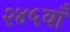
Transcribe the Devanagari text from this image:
२४५वाँ